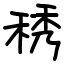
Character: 䅎